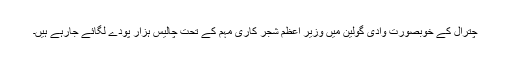
چترال کے خوبصورت وادی گولین میں وزیر اعظم شجر کاری مہم کے تحت چالیس ہزار پودے لگائے جارہے ہیں۔